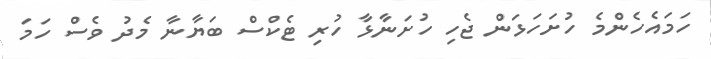
ހަމައެހެންމެ ހުށަހަޅަން ޖެހި ހުށަނާޅާ ހުރި ޓެކްސް ބަޔާނާ މެދު ވެސް ހަމަ